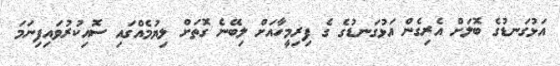
އަޅުގަނޑުގެ ބޮލަށް އެރިގެން އަޅުގަނޑުގެ ގެ ފިރިމީހާއަށް ލިބޭނެ ގޮތަށް ލިޔުމެއްގައި ސޮއިކުރުވައިފިނަމަ